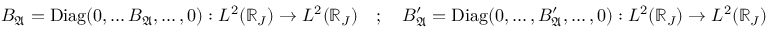
\begin{array} { r } { B _ { \mathfrak { A } } = \mathrm { D i a g } ( 0 , \dots B _ { \mathfrak { A } } , \dots , 0 ) : L ^ { 2 } ( \mathbb { R } _ { J } ) \to L ^ { 2 } ( \mathbb { R } _ { J } ) \quad ; \quad B _ { \mathfrak { A } } ^ { \prime } = \mathrm { D i a g } ( 0 , \dots , B _ { \mathfrak { A } } ^ { \prime } , \dots , 0 ) : L ^ { 2 } ( \mathbb { R } _ { J } ) \to L ^ { 2 } ( \mathbb { R } _ { J } ) } \end{array}